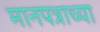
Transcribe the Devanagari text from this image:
मानपत्राच्या